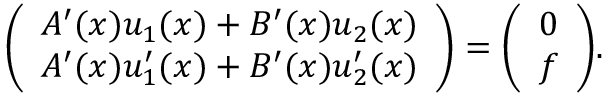
{ \left( \begin{array} { l } { A ^ { \prime } ( x ) u _ { 1 } ( x ) + B ^ { \prime } ( x ) u _ { 2 } ( x ) } \\ { A ^ { \prime } ( x ) u _ { 1 } ^ { \prime } ( x ) + B ^ { \prime } ( x ) u _ { 2 } ^ { \prime } ( x ) } \end{array} \right) } = { \left( \begin{array} { l } { 0 } \\ { f } \end{array} \right) } .